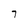
Character: 7